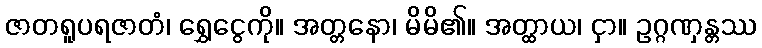
ဇာတရူပရဇာတံ၊ ရွှေငွေကို။ အတ္တနော၊ မိမိ၏။ အတ္ထာယ၊ ငှာ။ ဥဂ္ဂဏှန္တဿ